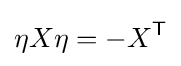
\eta X\eta =-X^{\textsf {T}}